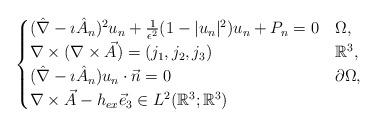
LaTeX: \begin{align*}\begin{cases}(\hat{\nabla}-\imath\hat{A}_n)^{2}u_n+\frac{1}{\epsilon^2}(1-|u_n|^2)u_n+P_n=0 & \Omega,\\\nabla\times(\nabla\times\vec{A})=(j_1,j_2,j_3) & \mathbb{R}^3,\\(\hat{\nabla}-\imath\hat{A}_n)u_n\cdot\vec{n}=0 & \partial\Omega,\\\nabla\times\vec{A}-h_{ex}\vec{e}_3\in L^2(\mathbb{R}^3;\mathbb{R}^3)\end{cases}\end{align*}